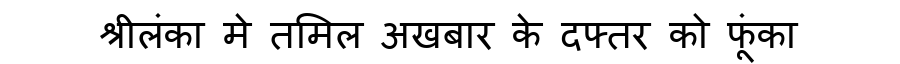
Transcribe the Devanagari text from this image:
श्रीलंका मे तमिल अखबार के दफ्तर को फूंका